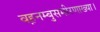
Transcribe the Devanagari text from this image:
वह़नम्‍बुसमीरणाख्‍या।